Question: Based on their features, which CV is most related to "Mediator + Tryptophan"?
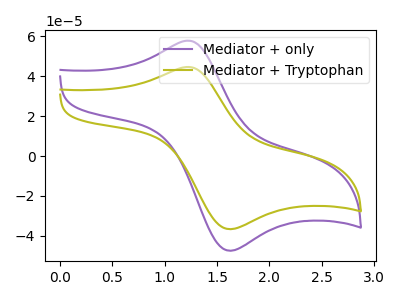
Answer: <think>The purple curve "Mediator + only" has an anodic peak at (1.25V, 57.90uA) and a cathodic peak at (1.60V, -47.40uA). The olive curve "Mediator + Tryptophan" has an anodic peak at (1.25V, 44.70uA) and a cathodic peak at (1.60V, -36.60uA).
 All the peaks in "Mediator + only" have a peak in "Mediator + Tryptophan" at the same potential. Every peak in "Mediator + only" is higher than every peak in "Mediator + Tryptophan".</think>
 <answer>The CV with the most similar shape to "Mediator + only" is "Mediator + Tryptophan".</answer>
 <eval>"Mediator + Tryptophan"</eval>